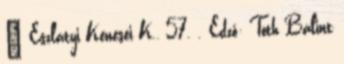
– Eszlátyi Kenesei K., 57. . Edző: Tóth Bálint